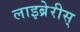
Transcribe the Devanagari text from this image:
लाइब्रेरीस्